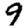
Digit: 9